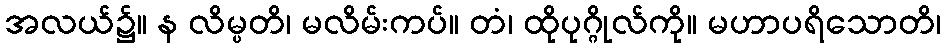
အလယ်၌။ န လိမ္ပတိ၊ မလိမ်းကပ်။ တံ၊ ထိုပုဂ္ဂိုလ်ကို။ မဟာပရိသောတိ၊